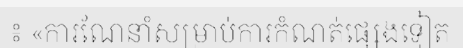
៖ «ការណែនាំសម្រាប់ការកំណត់ផ្សេងទៀត